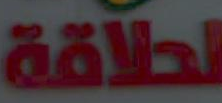
لطلاقة